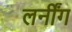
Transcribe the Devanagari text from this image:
लर्नींग